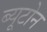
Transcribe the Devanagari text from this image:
ब्यूटोन